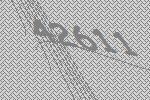
42611